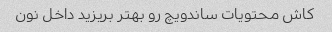
کاش محتویات ساندویچ رو بهتر بریزید داخل نون